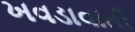
ખવડાવાતી